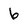
Character: 6